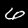
Label: 6